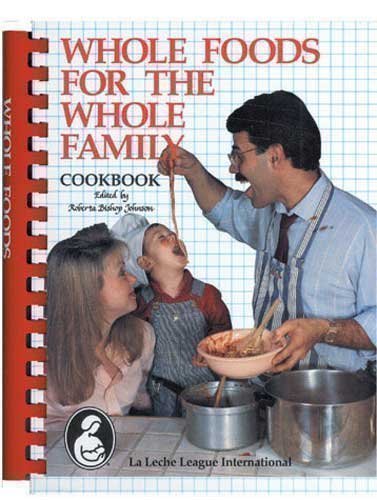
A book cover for Whole Foods for the Whole Family: La Leche League International Cookbook (Plume); Cookbooks, Food & Wine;